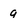
Character: 9